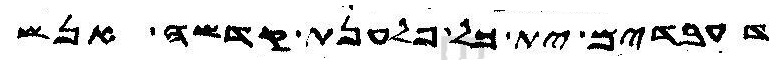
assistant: דעבדים ית כל פלענת קדשה אנש